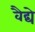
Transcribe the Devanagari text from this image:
वैद्ये